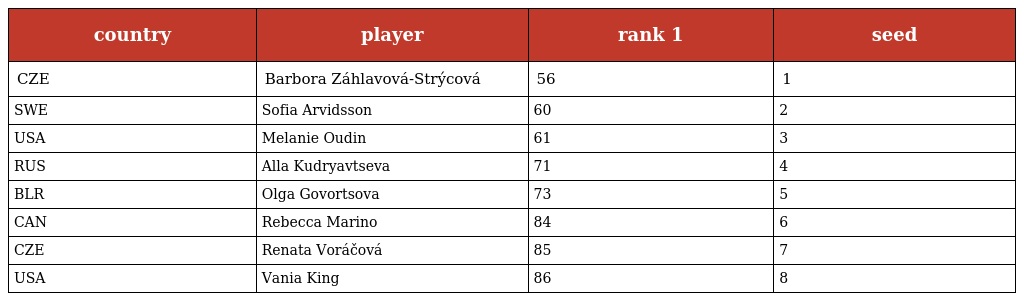
| country | player | rank 1 | seed |
 | --- | --- | --- | --- |
 | CZE | Barbora Záhlavová-Strýcová | 56 | 1 |
 | SWE | Sofia Arvidsson | 60 | 2 |
 | USA | Melanie Oudin | 61 | 3 |
 | RUS | Alla Kudryavtseva | 71 | 4 |
 | BLR | Olga Govortsova | 73 | 5 |
 | CAN | Rebecca Marino | 84 | 6 |
 | CZE | Renata Voráčová | 85 | 7 |
 | USA | Vania King | 86 | 8 |